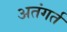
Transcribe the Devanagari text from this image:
अतंगर्त